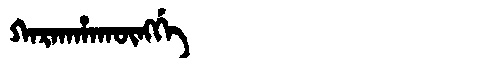
Manchu: ᡴᠠᡵᡴᠠᡥᠠᡴᡡᠩᡤᡝ
Romanization: KARKAHAKŪNGGE